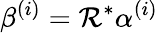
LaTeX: \beta^{(i)}=\mathcal{R}^{*}\alpha^{(i)}